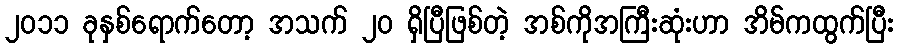
၂၀၁၁ ခုနှစ်ရောက်တော့ အသက် ၂၀ ရှိပြီဖြစ်တဲ့ အစ်ကိုအကြီးဆုံးဟာ အိမ်ကထွက်ပြီး